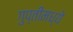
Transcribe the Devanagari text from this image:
गुप्तीमध्ये